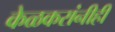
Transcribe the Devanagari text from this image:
केळकरांनीही